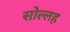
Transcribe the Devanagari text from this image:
सोल्लह